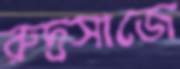
রুদ্রসাজে